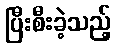
ပြီးစီးခဲ့သည့်